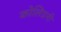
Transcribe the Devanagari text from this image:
कोलिग्रनी